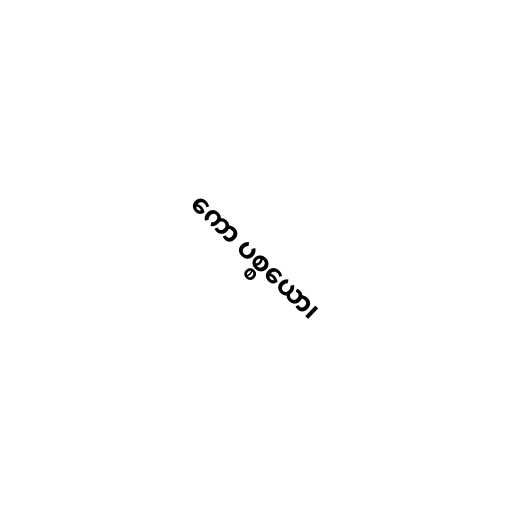
ကော ပစ္စယော၊